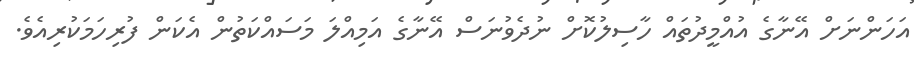
އަހަންނަށް އޭނާގެ އުއްމީދުތައް ހާސިލުކޮށް ނުދެވުނަސް އޭނާގެ އަމިއްލަ މަސައްކަތުން އެކަން ފުރިހަމަކުރިއެވެ.